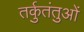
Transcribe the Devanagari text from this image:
तर्कुतंतुओं